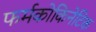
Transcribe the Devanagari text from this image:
फर्मकोकिनेटिक